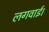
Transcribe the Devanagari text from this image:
लगवाई।